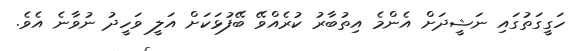
ހަގީގަތުގައި ނަޝީދަށް އެންމެ އިތުބާރު ކުރެއްވޭ ބޭފުޅަކަށް އަލީ ވަހީދު ނުވާނެ އެވެ.